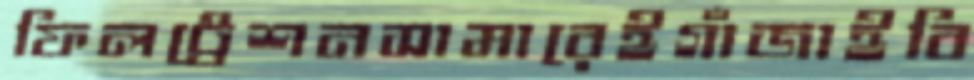
ফিলট্রেশনসামারেইগাঁজাইবি